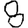
Digit: 8